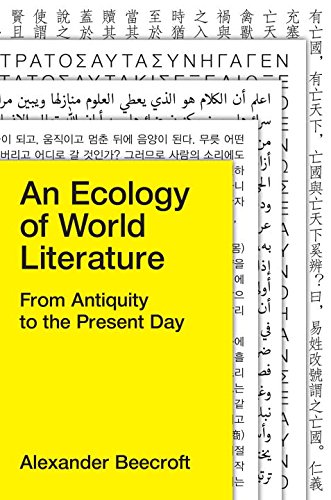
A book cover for An Ecology of World Literature: From Antiquity to the Present Day; Alexander Beecroft; Literature & Fiction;